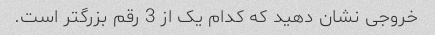
خروجی نشان دهید که کدام یک از 3 رقم بزرگتر است.